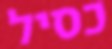
כסיל